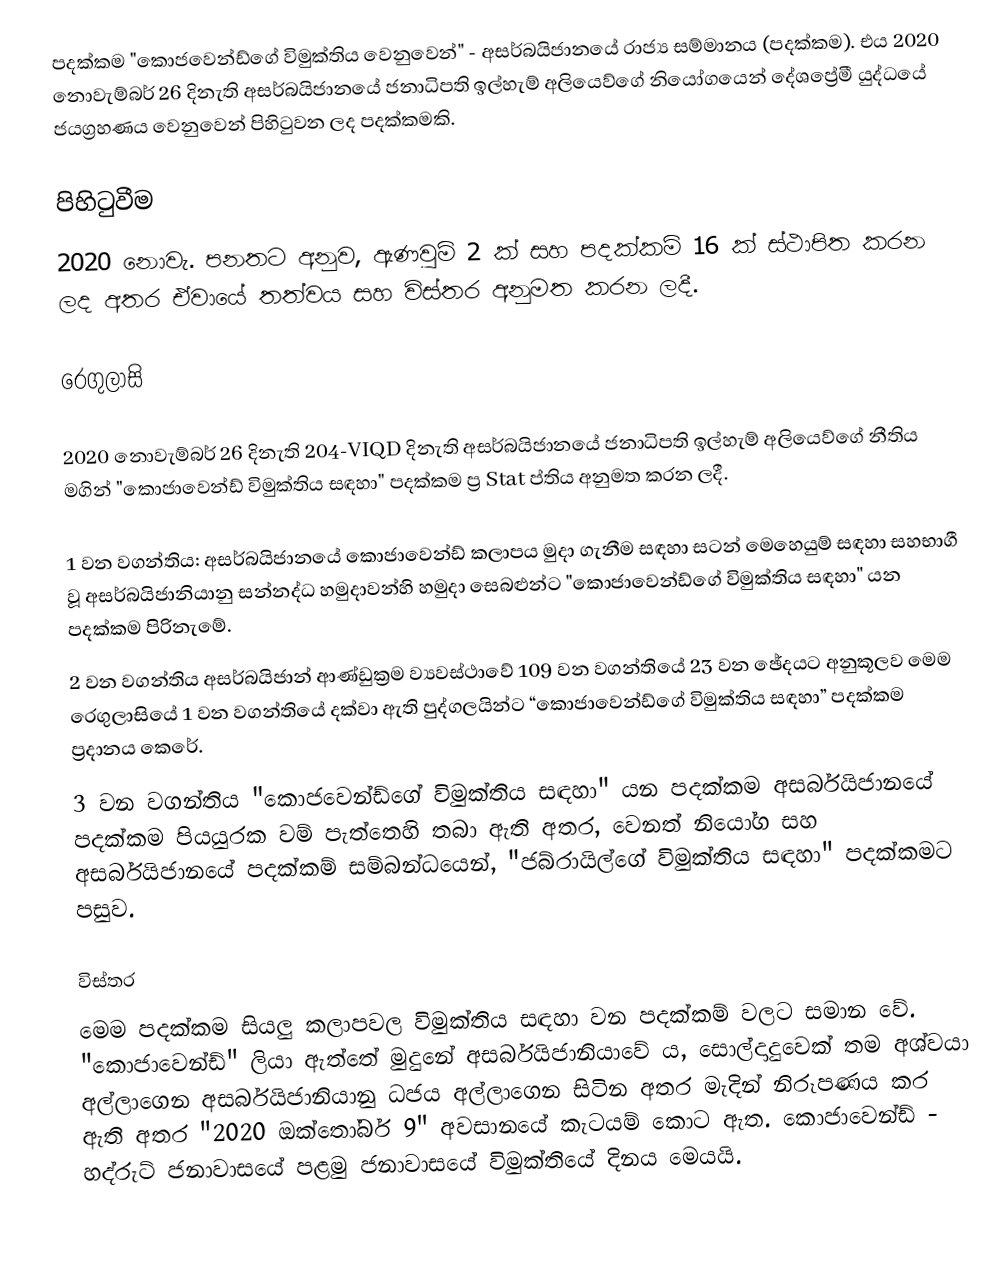
පදක්කම "කොජවෙන්ඩ්ගේ විමුක්තිය වෙනුවෙන්" - අසර්බයිජානයේ රාජ්‍ය සම්මානය (පදක්කම). එය 2020 නොවැම්බර් 26 දිනැති අසර්බයිජානයේ ජනාධිපති ඉල්හැම් අලියෙව්ගේ නියෝගයෙන් දේශප්‍රේමී යුද්ධයේ ජයග්‍රහණය වෙනුවෙන් පිහිටුවන ලද පදක්කමකි.

පිහිටුවීම
2020 නොවැ. පනතට අනුව, ඇණවුම් 2 ක් සහ පදක්කම් 16 ක් ස්ථාපිත කරන ලද අතර ඒවායේ තත්වය සහ විස්තර අනුමත කරන ලදී.

රෙගුලාසි

2020 නොවැම්බර් 26 දිනැති 204-VIQD දිනැති අසර්බයිජානයේ ජනාධිපති ඉල්හැම් අලියෙව්ගේ නීතිය මගින් "කොජාවෙන්ඩ් විමුක්තිය සඳහා" පදක්කම ප්‍ර Stat ප්තිය අනුමත කරන ලදී.

1 වන වගන්තිය: අසර්බයිජානයේ කොජාවෙන්ඩ් කලාපය මුදා ගැනීම සඳහා සටන් මෙහෙයුම් සඳහා සහභාගී වූ අසර්බයිජානියානු සන්නද්ධ හමුදාවන්හි හමුදා සෙබළුන්ට "කොජාවෙන්ඩ්ගේ විමුක්තිය සඳහා" යන පදක්කම පිරිනැමේ.
2 වන වගන්තිය අසර්බයිජාන් ආණ්ඩුක්‍රම ව්‍යවස්ථාවේ 109 වන වගන්තියේ 23 වන ඡේදයට අනුකූලව මෙම රෙගුලාසියේ 1 වන වගන්තියේ දක්වා ඇති පුද්ගලයින්ට “කොජාවෙන්ඩ්ගේ විමුක්තිය සඳහා” පදක්කම ප්‍රදානය කෙරේ.
3 වන වගන්තිය "කොජවෙන්ඩ්ගේ විමුක්තිය සඳහා" යන පදක්කම අසර්බයිජානයේ පදක්කම පියයුරක වම් පැත්තෙහි තබා ඇති අතර, වෙනත් නියෝග සහ අසර්බයිජානයේ පදක්කම් සම්බන්ධයෙන්, "ජබ්රායිල්ගේ විමුක්තිය සඳහා" පදක්කමට පසුව.

විස්තර
මෙම පදක්කම සියලු කලාපවල විමුක්තිය සඳහා වන පදක්කම් වලට සමාන වේ. "කොජාවෙන්ඩ්" ලියා ඇත්තේ මුදුනේ අසර්බයිජානියාවේ ය, සොල්දාදුවෙක් තම අශ්වයා අල්ලාගෙන අසර්බයිජානියානු ධජය අල්ලාගෙන සිටින අතර මැදින් නිරූපණය කර ඇති අතර "2020 ඔක්තෝබර් 9" අවසානයේ කැටයම් කොට ඇත. කොජාවෙන්ඩ් - හද්රුට් ජනාවාසයේ පළමු ජනාවාසයේ විමුක්තියේ දිනය මෙයයි.